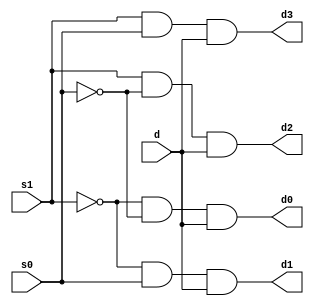
`timescale 1ns / 1ps
//////////////////////////////////////////////////////////////////////////////////
// Company: 
// Engineer: 
// 
// Design Name: 
// Module Name:    demux1 
// Project Name: 
// Target Devices: 
// Tool versions: 
// Description: 
//
// Dependencies: 
//
// Revision: 
// Revision 0.01 - File Created
// Additional Comments: 
//
//////////////////////////////////////////////////////////////////////////////////
module demux1(
    input d,
    input s1,
    input s0,
    output d0,
    output d1,
    output d2,
    output d3
    );
wire n0,n1;
not(n0,s0);
not(n1,s1);
and(d0,n1,n0,d);
and(d1,n1,s0,d);
and(d2,s1,n0,d);
and(d3,s1,s0,d);

endmodule